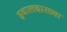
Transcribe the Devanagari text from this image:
हवालदारच्या